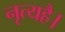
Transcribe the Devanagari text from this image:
नृत्यहै।